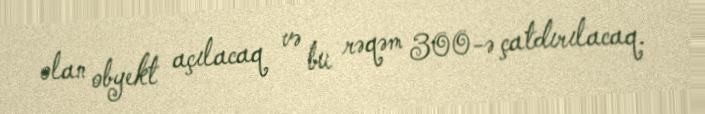
olan obyekt açılacaq və bu rəqəm 300-ə çatdırılacaq.